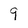
Character: 9